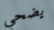
يضحي